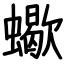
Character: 蠍